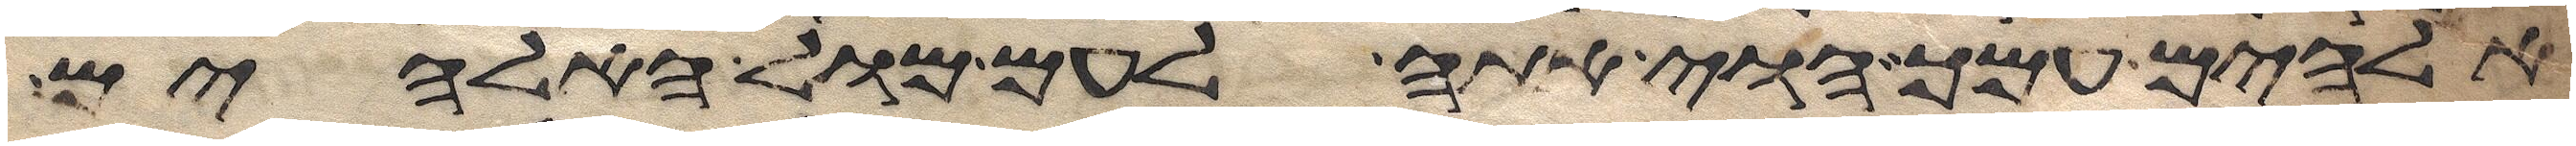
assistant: אלהים עמך הוי אתה לעם מול האלהים